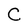
Character: c